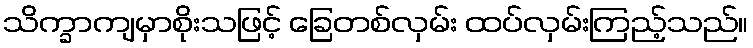
သိက္ခာကျမှာစိုးသဖြင့် ခြေတစ်လှမ်း ထပ်လှမ်းကြည့်သည်။